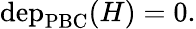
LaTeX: \begin{array}{r}{\mathrm{dep}_{\mathrm{PBC}}(H)=0.}\end{array}